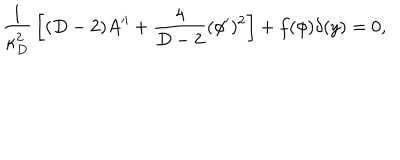
{ \frac { 1 } { \kappa _ { D } ^ { 2 } } } \left[ ( D - 2 ) A ^ { \prime \prime } + { \frac { 4 } { D - 2 } } ( \phi ^ { \prime } ) ^ { 2 } \right] + f ( \phi ) \delta ( y ) = 0 ,